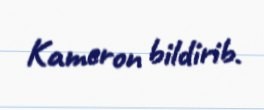
Kameron bildirib.